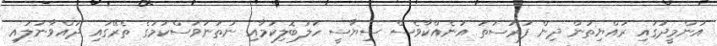
އުންމީދުގައި ރައްޔިތުން ދިން ފުރުސަތު އަނެއްކާވެސް ސިޔާސީ ހަލަބޮލިކަމާއި ނުތަނަވަސްކަމުގެ ތެރޭގައި ދުއްވާނުލައި